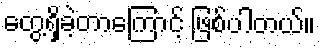
တွေ့ရှိခဲ့တာကြောင့် ဖြစ်ပါတယ်။